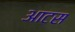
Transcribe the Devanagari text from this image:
आटस